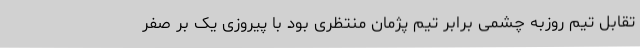
تقابل تیم روزبه چشمی برابر تیم پژمان منتظری بود با پیروزی یک بر صفر